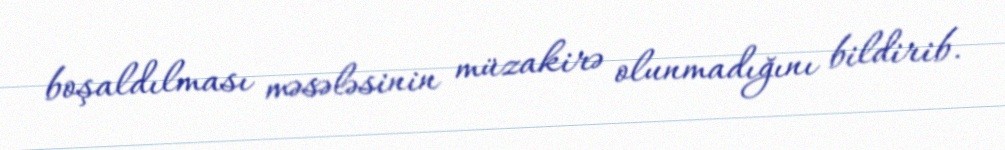
boşaldılması məsələsinin müzakirə olunmadığını bildirib.